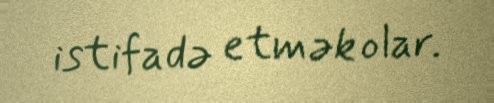
istifadə etmək olar.